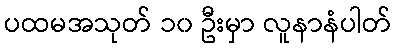
ပထမအသုတ် ၁၀ ဦးမှာ လူနာနံပါတ်